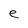
Character: e